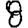
Digit: 8